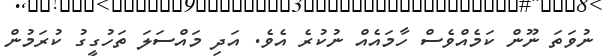
ނުވަތަ ނޫން ކަމެއްވެސް ހާމައެއް ނުކުރެ އެވެ. އަދި މައްސަލަ ތަހުގީގު ކުރަމުން